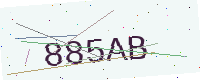
Text: 885AB